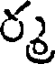
ర్మ